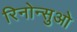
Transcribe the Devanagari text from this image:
रिनोन्सुओ